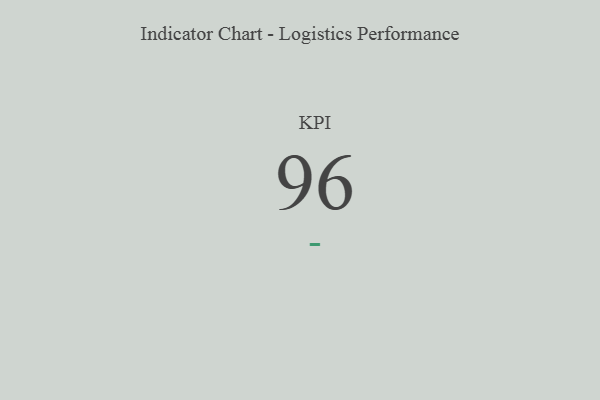
{"axis": {"x": "KPI", "y": "Value"}, "legend": [""], "data": [{"x": "KPI", "y": 96, "type": ""}]}